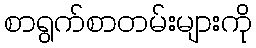
စာရွက်စာတမ်းများကို